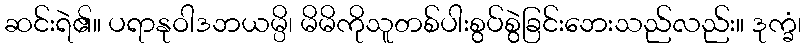
ဆင်းရဲ၏။ ပရာနုဝါဒဘယမ္ပိ၊ မိမိကိုသူတစ်ပါးစွပ်စွဲခြင်းဘေးသည်လည်း။ ဒုက္ခံ၊